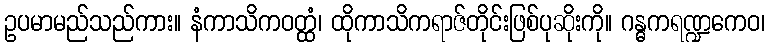
ဥပမာမည်သည်ကား။ နံကာသိကဝတ္ထံ၊ ထိုကာသိကရာဇ်တိုင်းဖြစ်ပုဆိုးကို။ ဂန္ဓကရဏ္ဍကေဝ၊